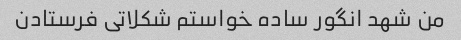
من شهد انگور ساده خواستم شکلاتی فرستادن